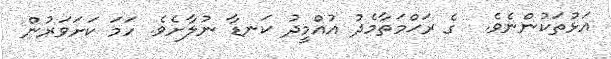
އަޅުތަކުންނެވެ.  ގެ ރަޙްމަތާމެދު އުއްމީދު ކަނޑާ ނުލާށެވެ. ހަމަ ކަށަވަރުން